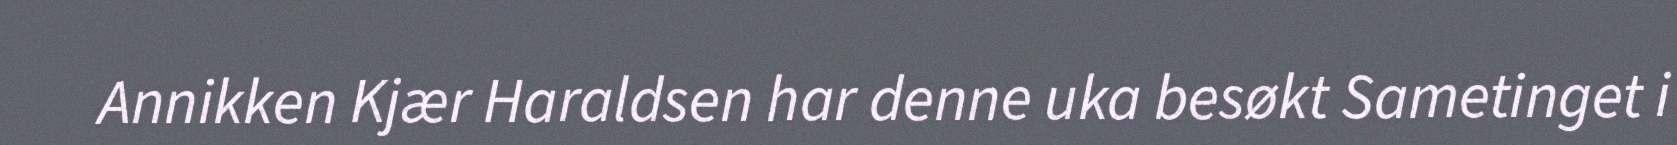
Annikken Kjær Haraldsen har denne uka besøkt Sametinget i